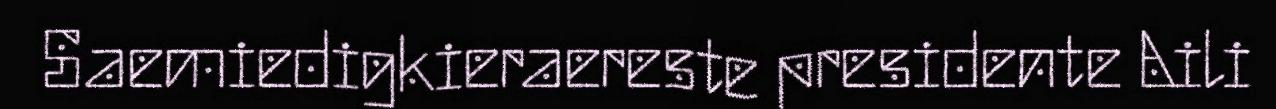
Saemiedigkieraereste presidente Aili